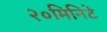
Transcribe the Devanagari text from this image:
२०मिनिटे